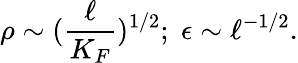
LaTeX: \rho\sim(\frac{\ell}{K_{F}})^{1/2};\; \epsilon\sim\ell^{-1/2}.